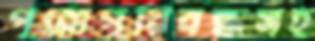
পুরোপুরিবন্ধসহ